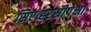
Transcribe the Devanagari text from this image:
सिएव्हरसीपेक्षा